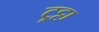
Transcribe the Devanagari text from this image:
ट्रट्टा